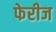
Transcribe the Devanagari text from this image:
फेरीज